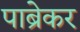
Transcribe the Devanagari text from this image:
पाब्रेकर